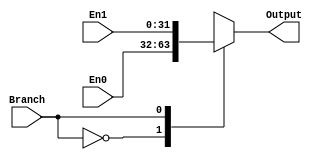
`timescale 1ns/1ns

module Mux3(
	input Branch,
	input [31:0] En0,
	input [31:0] En1,
	
	output reg[31:0] Output
);

always @*
begin
	case(Branch)
	1'b0:
		begin
		Output = En0;
		end
	1'b1:
		begin
		Output = En1;
		end
	endcase
end
endmodule